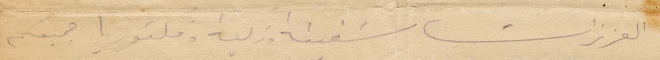
العزيزات شفيقة وزكية وفكتوريا جميعكم